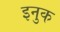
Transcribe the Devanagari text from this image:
इनुक